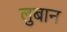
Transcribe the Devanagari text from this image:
लुबान